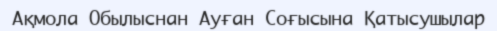
Ақмола Обылыснан Ауған Соғысына Қатысушылар